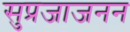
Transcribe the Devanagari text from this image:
सुप्रजाजनन